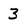
Character: 3